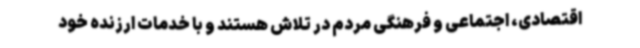
اقتصادی، اجتماعی و فرهنگی مردم در تلاش هستند و با خدمات ارزنده خود